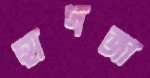
হাদজা